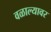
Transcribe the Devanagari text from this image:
वळाल्यावर